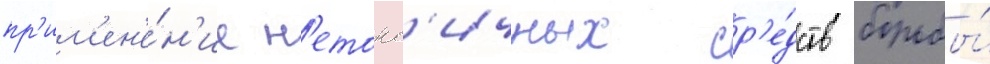
пр'им'ен'е́н'ие н'етокс'ичных ср'е́дств борьбы́